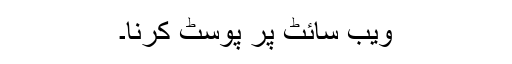
ویب سائٹ پر پوسٹ کرنا۔